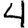
Digit: 4